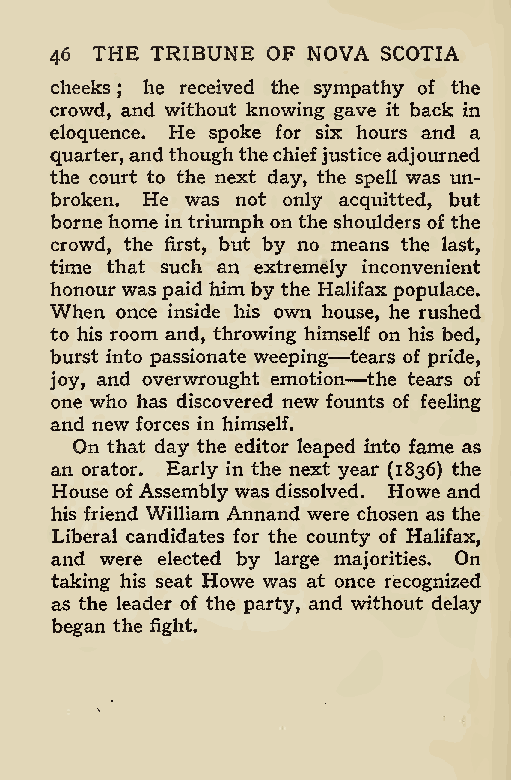
46 THE TRIBUNE OF NOVA SCOTIA
 cheeks he received the sympathy of the
 ;
 crowd, and without knowing gave it back in
 eloquence. He spoke for six hours and a
 quarter,andthoughthechiefjusticeadjourned
 the court to the next day, the spell was un-
 broken. He was not only acquitted, but
 borne home in triumph on the shoulders of the
 crowd, the first, but by no means the last,
 time that such an extremely inconvenient
 honour was paid him by the Halifax populace.
 When once inside his own house, he rushed
 to his room and, throwing him—self on his bed,
 burst into passionate weeping —tears of pride,
 joy, and overwrought emotion the tears of
 one who has discovered new founts of feeling
 and new forces in himself.
 On that day the editor leaped into fame as
 an orator. Early in the next year (1836) the
 House of Assembly was dissolved. Howe and
 his friend William Annand were chosen as the
 Liberal candidates for the county of Halifax,
 and were elected by large majorities. On
 taking his seat Howe was at once recognized
 as the leader of the party, and without delay
 began the fight.